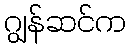
ဂျွန်ဆင်က